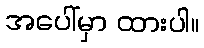
အပေါ်မှာ ထားပါ။